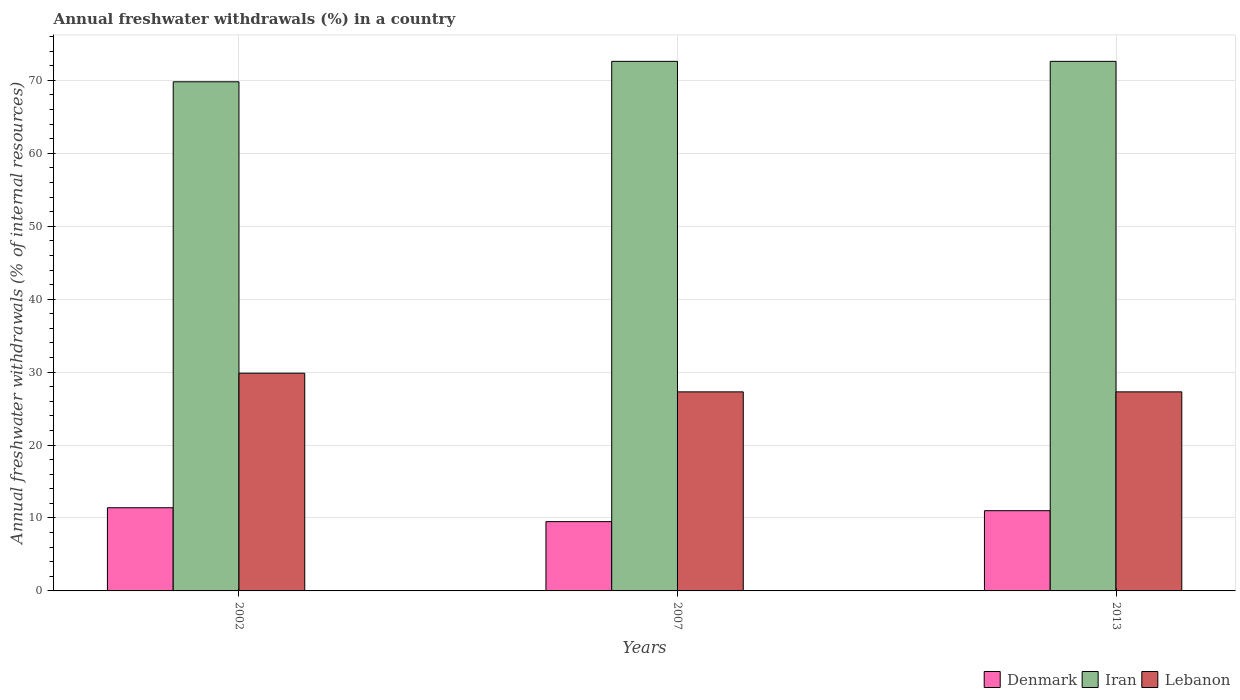
| Years | Denmark | Iran | Lebanon |
 | --- | --- | --- | --- |
 | 2002 | 11.4 | 69.8 | 29.9 |
 | 2007 | 9.5 | 72.6 | 27.3 |
 | 2013 | 11 | 72.6 | 27.3 |